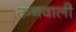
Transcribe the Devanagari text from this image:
ऊनवाली